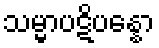
သမ္မာပဋိပန္နော